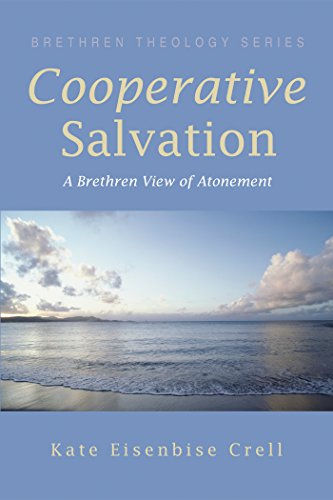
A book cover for Cooperative Salvation: A Brethren View of Atonement (Brethren Theology Series); Kate Eisenbise Crell; Christian Books & Bibles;